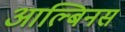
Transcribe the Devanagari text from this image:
आल्बिनस